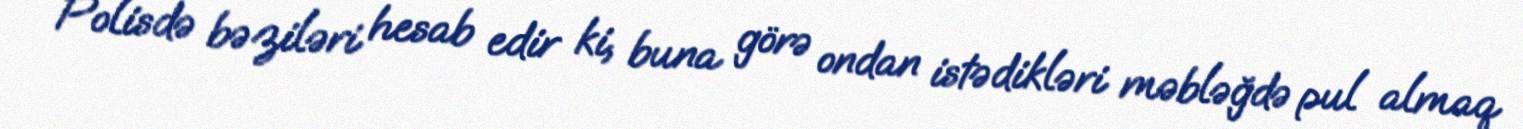
Polisdə bəziləri hesab edir ki, buna görə ondan istədikləri məbləğdə pul almaq